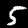
Digit: 5